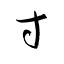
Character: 寸